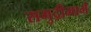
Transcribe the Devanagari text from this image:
समुद्रीमार्ग